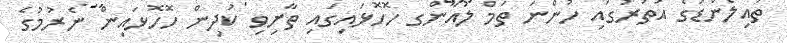
ތައިލެންޑުގެ އުތުރުގައި ހުންނަ ތަމް ލުއާންގ ހޮހޮޅައިގައި ތާށިވި ކުދިން ހޮހޮޅައިން ނެރުމުގެ